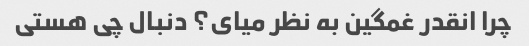
چرا انقدر غمگین به نظر میای؟ دنبال چی هستی